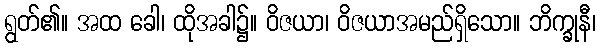
ရွတ်၏။ အထ ခေါ၊ ထိုအခါ၌။ ဝိဇယာ၊ ဝိဇယာအမည်ရှိသော။ ဘိက္ခုနီ၊